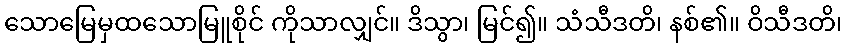
သောမြေမှထသောမြူစိုင် ကိုသာလျှင်။ ဒိသွာ၊ မြင်၍။ သံသီဒတိ၊ နစ်၏။ ဝိသီဒတိ၊